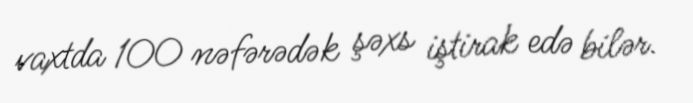
vaxtda 100 nəfərədək şəxs iştirak edə bilər.